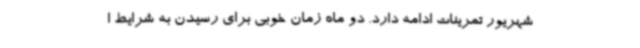
شهریور تمرینات ادامه دارد. دو ماه زمان خوبی برای رسیدن به شرایط ا